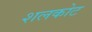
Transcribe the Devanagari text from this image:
शलकोट